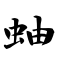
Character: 蚰